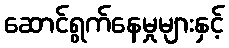
ဆောင်ရွက်နေမှုများနှင့်